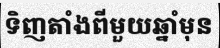
ទិញតាំងពីមួយឆ្នាំមុន